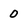
Character: 0